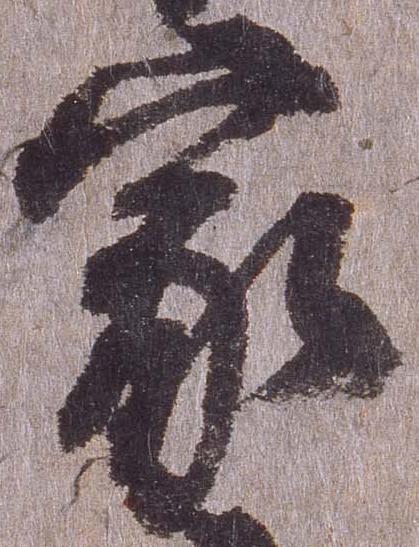
家